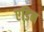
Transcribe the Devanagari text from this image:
एडिन